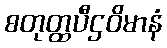
စတုတ္ထပီဌဝိမာနံ